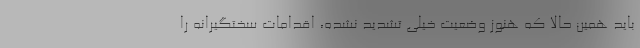
باید همین حالا که هنوز وضعیت خیلی تشدید نشده، اقدامات سختگیرانه را